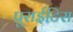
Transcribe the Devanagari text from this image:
प्रूराईटिस